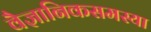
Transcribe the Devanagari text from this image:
वैज्ञानिकसमस्या